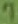
Text: 7